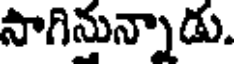
సాగినున్నాడు.